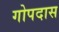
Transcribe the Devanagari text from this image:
गोपदास